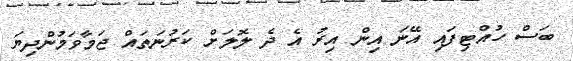
ބަސް ހުއްޓިފައި އޭނަ އިން އިރު އެ ދެ ލޮލަށް ކަރުނަތައް ޖަމާވަމުންދިޔަ